Vaccination in the Punjab 1897-1904 - 1897-1904
Year: 1897
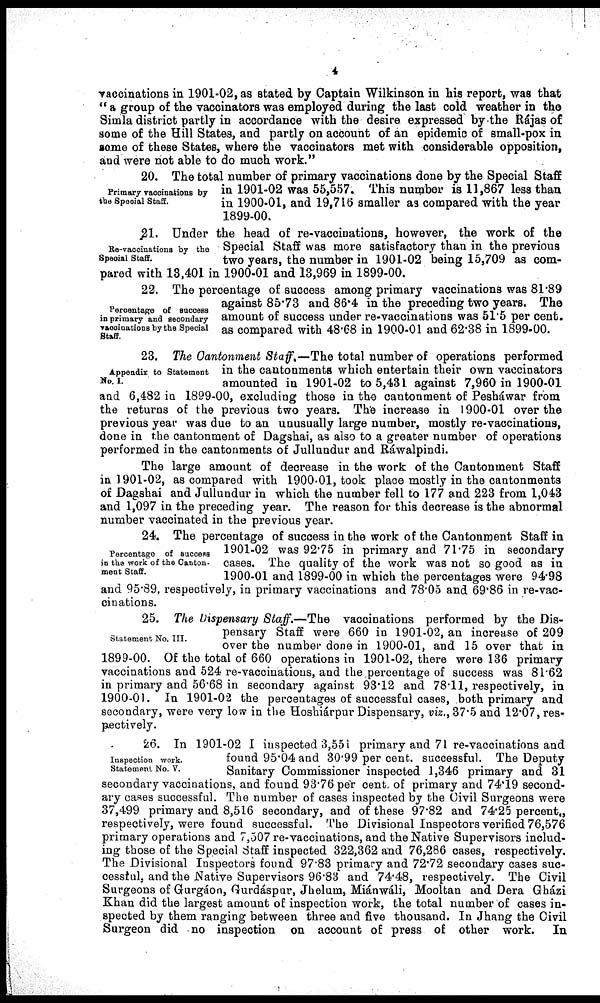
4
vaccinations in 1901-02, as stated by Captain Wilkinson in his report, was that
" a group of the vaccinators was employed during the last cold weather in the
Simla district partly in accordance with the desire expressed by the Rájas of
some of the Hill States, and partly on account of an epidemic of small-pox in
sme of these States, where the vaccinators met with considerable opposition,
and were not able to do much work."
Primary vaccinations by
the Special Staff.
20. The total number of primary vaccinations done by the Special Staff
in 1901-02 was 55,557. This number is 11,867 less than
in 1900-01, and 19,716 smaller as compared with the year
1899-00.
Re-vaccinations by the
Special Staff.
21. Under the head of re-vaccinations, however, the work of the
Special Staff was more satisfactory than in the previous
two years, the number in 1901-02 being 15,709 as com-
pared with 13,401 in 1900-01 and 13,969 in 1899-00.
Percentage of success
in primary and secondary
vaccinations by the Special
Staff.
22. The percentage of success among primary vaccinations was 81.89
against 85.73 and 86.4 in the preceding two years. The
amount of success under re-vaccinations was 51.5 per cent.
as compared with 48.68 in 1900-01 and 62.38 in 1899-00.
Appendix to Statement
No. I.
23. The Cantonment Staff.—The total number of operations performed
in the cantonments which entertain their own vaccinators
amounted in 1901-02 to 5,431 against 7,960 in 1900-01
and 6,482 in 1899-00, excluding those in the cantonment of Pesháwar from
the returns of the previous two years. The increase in 1900-01 over the
previous year was due to an unusually large number, mostly re-vaccinations,
done in the cantonment of Dagshai, as also to a greater number of operations
performed in the cantonments of Jullundur and Ráwalpindi.
The large amount of decrease in the work of the Cantonment Staff
in 1901-02, as compared with 1900.01, took place mostly in the cantonments
of Dagshai and Jullundur in which the number fell to 177 and 223 from 1,043
and 1,097 in the preceding year. The reason for this decrease is the abnormal
number vaccinated in the previous year.
Percentage of success
in the work of the Canton-
ment Staff.
24. The percentage of success in the work of the Cantonment Staff in
1901-02 was 92.75 in primary and 71.75 in secondary
cases. The quality of the work was not so good as in
1900-01 and 1899-00 in which the percentages were 94.98
and 95.89, respectively, in primary vaccinations and 78.05 and 69.86 in re-vac-
cinations.
Statement No, III.
25. The Dispensary Staff.—The vaccinations performed by the Dis-
pensary Staff were 660 in 1901-02, an increase of 209
over the number done in 1900-01, and 15 over that in
1899-00. Of the total of 660 operations in 1901-02, there were 136 primary
vaccinations and 524 re-vaccinations, and the percentage of success was 81.62
in primary and 56.68 in secondary against 93.12 and 78.11, respectively, in
1900-01. In 1901-02 the percentages of successful cases, both primary and
secondary, were very low in the Hoshiárpur Dispensary, viz., 37.5 and 12.07, res-
pectively.
Inspection work.
Statement No. V.
26. In 1901-02 I inspected 3,551 primary and 71 re-vaccinations and
found 95.04 and 30.99 per cent. successful. The Deputy
Sanitary Commissioner inspected 1,346 primary and 31
secondary vaccinations, and found 93.76 per cent of primary and 74.19 second-
ary cases successful. The number of cases inspected by the Civil Surgeons were
37,499 primary and 8,516 secondary, and of these 97.82 and 74.25 percent.,
respectively, were found successful. The Divisional Inspectors verified 76,576
primary operations and 7,507 re-vaccinations, and the Native Supervisors includ-
ing those of the Special Staff inspected 322,362 and 76,286 cases, respectively.
The Divisional Inspectors found 97.83 primary and 72.72 secondary cases suc-
cessful, and the Native Supervisors 96.83 and 74.48, respectively. The Civil
Surgeons of Gurgáon, Gurdáspur, Jhelum, Miánwáli, Mooltan and Dera Gházi
Khan did the largest amount of inspection work, the total number of cases in-
spected by them ranging between three and five thousand. In Jhang the Civil
Surgeon did no inspection on account of press of other work.
In